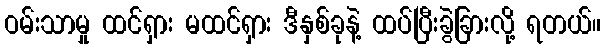
ဝမ်းသာမှု ထင်ရှား မထင်ရှား ဒီနှစ်ခုနဲ့ ထပ်ပြီးခွဲခြားလို့ ရတယ်။